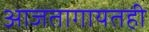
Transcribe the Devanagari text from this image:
आजतागायतही